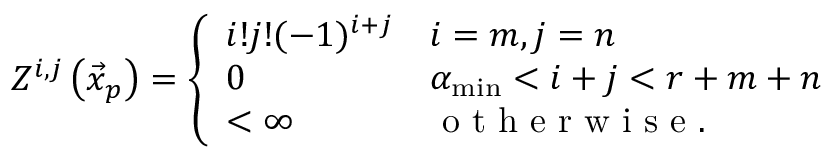
\begin{array} { r } { Z ^ { i , j } \left( \vec { x } _ { p } \right) = \left\{ \begin{array} { l l } { i ! j ! ( - 1 ) ^ { i + j } } & { i = m , j = n } \\ { 0 } & { \alpha _ { \operatorname* { m i n } } < i + j < r + m + n } \\ { < \infty } & { \mathrm { ~ o ~ t ~ h ~ e ~ r ~ w ~ i ~ s ~ e ~ . ~ } } \end{array} \right. } \end{array}